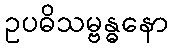
ဥပဓိသမ္ဗန္ဓနော